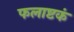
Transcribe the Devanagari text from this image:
फलाष्टकं